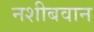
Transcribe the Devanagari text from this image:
नशीबवान